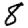
Digit: 8